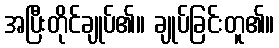
အပြီးတိုင်ချုပ်၏။ ချုပ်ခြင်းတူ၏။